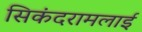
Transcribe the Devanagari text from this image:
सिकंदरामलाई